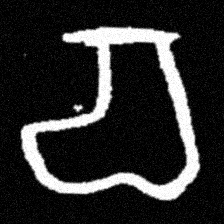
Pyu character \u2014 Myanmar letter: စ (romanized: ca)